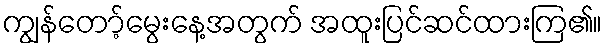
ကျွန်တော့်မွေးနေ့အတွက် အထူးပြင်ဆင်ထားကြ၏။